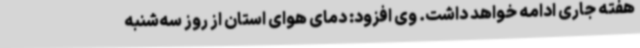
هفته جاری ادامه خواهد داشت. وی افزود: دمای هوای استان از روز سه‌شنبه